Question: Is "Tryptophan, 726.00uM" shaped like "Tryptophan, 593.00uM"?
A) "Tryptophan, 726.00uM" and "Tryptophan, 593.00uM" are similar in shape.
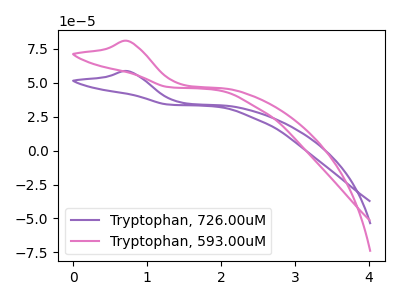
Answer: <think>The purple curve "Tryptophan, 726.00uM" has an anodic peak at: (0.75V, 58.50uA). The pink curve "Tryptophan, 593.00uM" has an anodic peak at: (0.75V, 80.75uA).
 All the peaks in "Tryptophan, 726.00uM" have a peak in "Tryptophan, 593.00uM" at the same potential. Every peak in "Tryptophan, 726.00uM" is lower than every peak in "Tryptophan, 593.00uM".</think>
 <answer>A) "Tryptophan, 726.00uM" and "Tryptophan, 593.00uM" are similar in shape.</answer>
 <eval>A</eval>